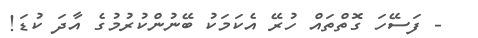
- ފަސޭހަ ގޮތްތައް ހުރޭ އެކަމަކު ބޭނުންކުރުމުގެ އާދަ ކުޑަ!